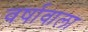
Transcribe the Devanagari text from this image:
वर्षावाला